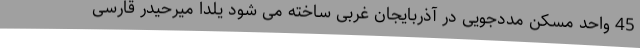
45 واحد مسکن مددجویی در آذربایجان غربی ساخته می شود یلدا میرحیدر قارسی